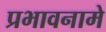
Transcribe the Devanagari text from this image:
प्रभावनामे